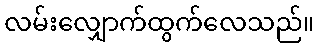
လမ်းလျှောက်ထွက်လေသည်။